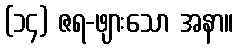
(၁၄) ဇရ-ဖျားသော အနာ။